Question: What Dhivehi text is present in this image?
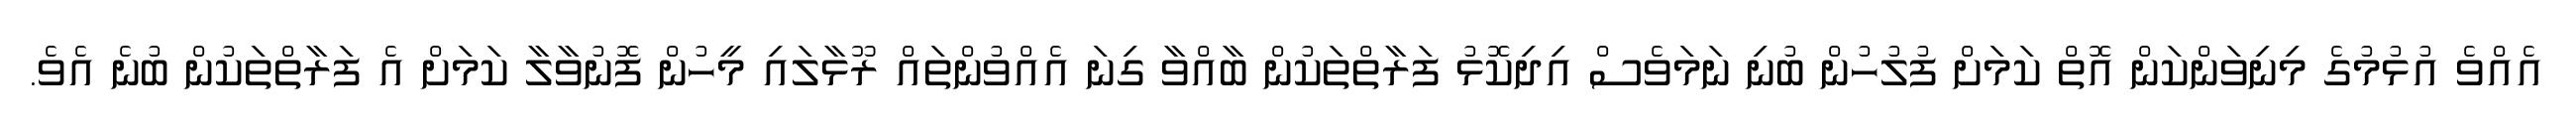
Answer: އެއްވެ އުޅުމުގެ މިނިވަންކަން އޮތް ކަމަށް ފުލުހުން ބުނި ނަމަވެސް އިދިކޮޅު ފަރާތްތަކުން ބާއްވާ ގިނަ އެއްވުންތައް ރޫޅާލައި މީހުން ފޮނުވާލާ ކަމަށް އެ ފަރާތްތަކުން ބުނެ އެވެ.